Report on sanitation, dispensaries, and jails in Rajputana for 1915, and on vaccination for the year 1915-1916 - 1915-1916
Year: 1915
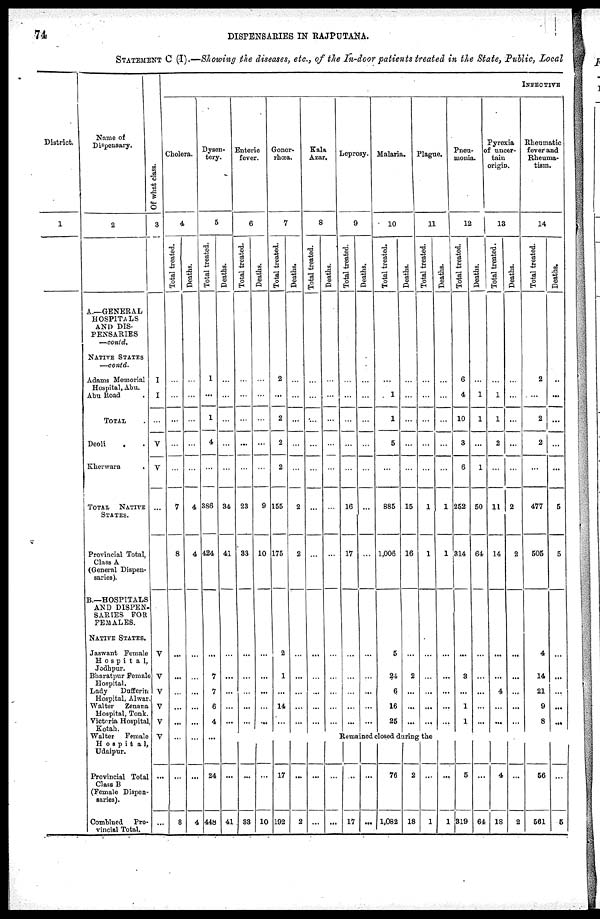
74
DISPENSARIES IN RAJPUTANA.
STATEMENT C (I).—Showing the diseases, etc., of the In-door patients treated in the State, Public, Local
District
1
Name of
Dispensary.
2
A.—GENERAL
HOSPITALS
AND DIS-
PENSARIES
—contd.
NATIVE STATES
—contd.
Adams Memorial
Hospital, Abu.
Abu Road.
TOTAL.
Deoli..
Khevwara
.
TOTAL
NATIVE
STATES.
Provincial Total,
Class A
(General Dispen-
saries).
B.—HOSPITALS
AND DISPEN¬
SARIES FOR
FEMALES.
NATIVE STATES.
Jaswant Female
Hospital,
Jodhpur.
Bharatpur Female
Hospital.
Lady
Dufferin
Hospital, Alwar.
Walter
Zenana
Hospital, Tonk.
Victoria Hospital,
Kotah.
Walter
Female
Hospita1,
Udaipur.
Provincial Total
Class B
(Female Dispen-
saries).
Combined Pro-
vincial Total.
Of what class.
3
I
I
...
V
V
...
V
V
V
V
V
V
...
...
IMFECTIVE
Cholera.
4
Total treated.
...
...
...
...
...
7
8
...
...
...
...
...
...
...
8
Deaths.
...
...
...
...
...
4
4
...
...
...
...
...
...
...
4
Dysen-
tery.
5
Total treated.
1
...
1
4
...
386
424
...
7
7
6
4
...
24
448
Deaths.
...
...
...
...
...
34
41
...
...
...
...
...
Enteric
fever.
6
Total treated.
...
...
...
...
...
23
33
...
...
...
...
...
Deaths.
...
...
...
...
...
9
10
...
...
...
...
...
Gonor-
rhœa.
7
Total treated.
2
...
2
2
2
155
175
2
1
...
14
...
Deaths.
...
...
...
...
...
2
2
...
...
...
...
...
Kala
Azar.
8
Total treated.
...
...
...
...
...
...
...
...
...
...
...
...
Deaths.
...
...
...
...
...
...
...
...
...
...
...
...
Leprosy.
9
Total treated.
...
...
...
...
...
16
17
...
...
...
...
...
Deaths.
...
...
...
...
...
...
...
...
...
...
...
...
Malaria.
10
Total treated.
...
1
1
5
...
885
1,006
5
24
6
16
25
Deaths.
...
...
...
...
...
15
16
...
2
...
...
...
Plague.
11
Total treated.
...
...
...
...
...
1
1
...
...
...
...
...
Deaths.
...
...
...
...
...
1
1
...
...
...
...
...
Pneu¬
monia.
12
Total treated.
6
4
10
3
6
252
314
...
3
...
1
1
Deaths.
...
1
1
...
1
50
64
...
...
...
...
...
Pyrexia
of uncer-
tain
origin.
13
Total treated.
...
1
1
2
...
11
14
...
...
4
...
...
Deaths.
...
...
...
...
...
2
2
...
...
...
...
...
Rheumatic
fever and
Rheuma-
tism.
14
Total treated.
2
...
2
2
...
477
505
4
14
21
9
8
Deaths.
...
...
...
...
...
5
5
...
...
...
...
...
Remained closed during the
...
41
...
33
...
10
17
192
...
2
...
...
...
...
...
17
...
...
76
1,082
2
18
...
1
...
1
5
319
...
64
4
18
...
2
56
561
...
5